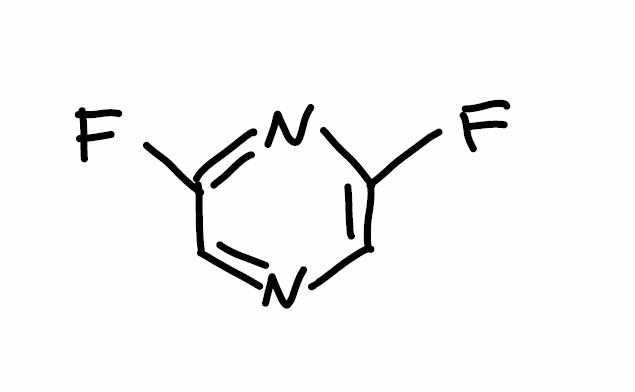
Simplified molecular-input line-entry system (SMILES) notation of the given molecule:
C1=C(N=C(C=N1)F)F